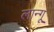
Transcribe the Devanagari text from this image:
लान्गू